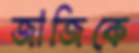
জাজিকে